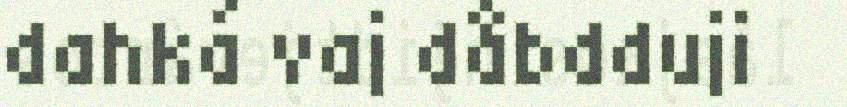
dahká vaj dåbdduji